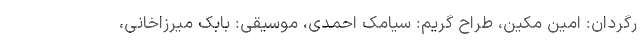
رگردان: امین مکین، طراح گریم: سیامک احمدی، موسیقی: بابک میرزاخانی،